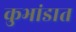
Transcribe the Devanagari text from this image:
कुभांडात